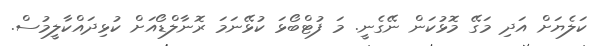
ކަލެޔަށް އަދި މަގޭ މޮޅުކަން ނޭގެނީ. މަ ފުޓްބޯޅަ ކުޅޭނަމަ ރޮނާލްޑޯއަށް ކުޅިދައްކާލީމުސް.